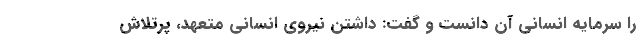
را سرمایه انسانی آن دانست و گفت: داشتن نیروی انسانی متعهد، پرتلاش